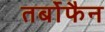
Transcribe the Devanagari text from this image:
तर्बोफैन